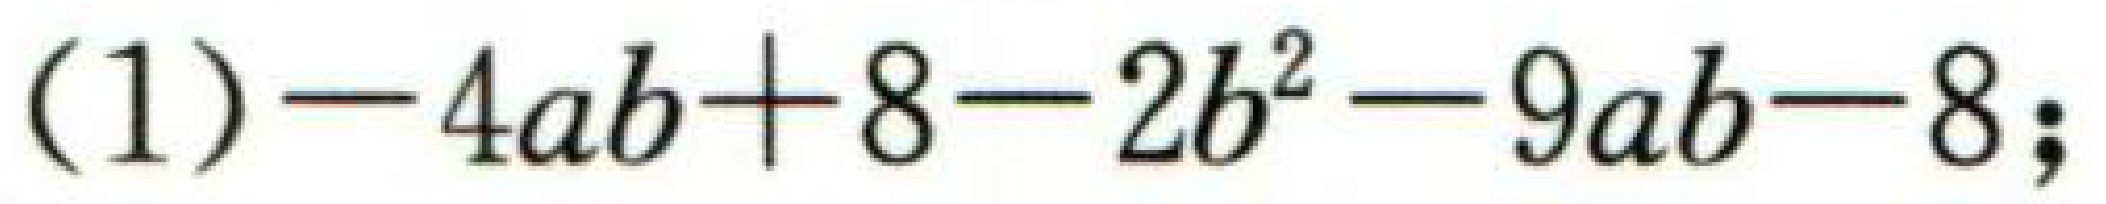
\((1)-4ab + 8-2b^{2}-9ab - 8;\)